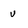
Character: u